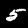
Label: 5